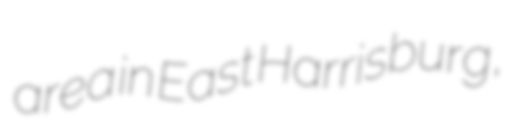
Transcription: area in East Harrisburg,